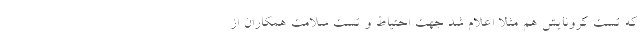
که تست کرونایش هم مثلا اعلام شد جهت احتیاط و تست سلامت همکاران از